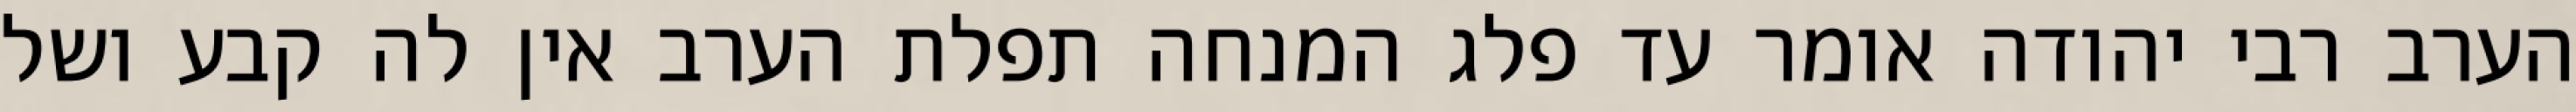
הערב רבי יהודה אומר עד פלג המנחה תפלת הערב אין לה קבע ושל